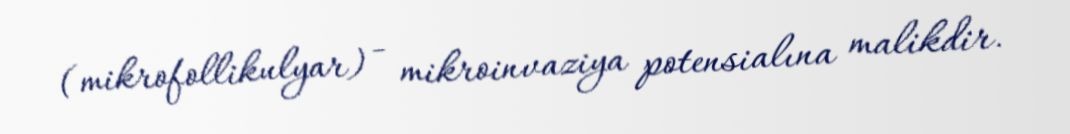
(mikrofollikulyar) - mikroinvaziya potensialına malikdir.